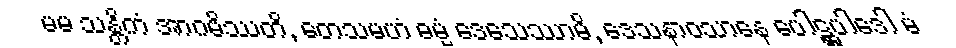
မမ သန္တိကံ အာဂမိဿတိ, တေသမဟံ ဓမ္မံ ဒေသေဿာမိ, ဒေသနာဝသာနေ ပေါဋ္ဌပါဒေါ မံ